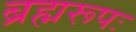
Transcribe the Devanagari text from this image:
ब्रह्मरूपः